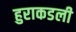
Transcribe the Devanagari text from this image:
हुराकडली